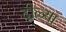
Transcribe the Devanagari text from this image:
दोळ्या